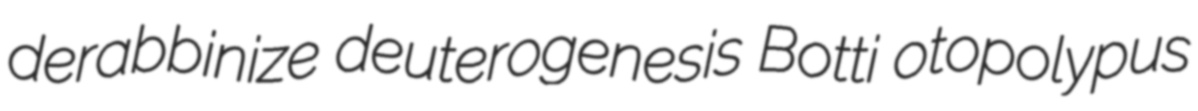
derabbinize deuterogenesis Botti otopolypus